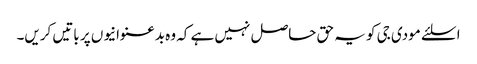
ا سلئے مودی جی کو یہ حق حاصل نہیں ہے کہ وہ بدعنوانیوں پر باتیں کریں۔